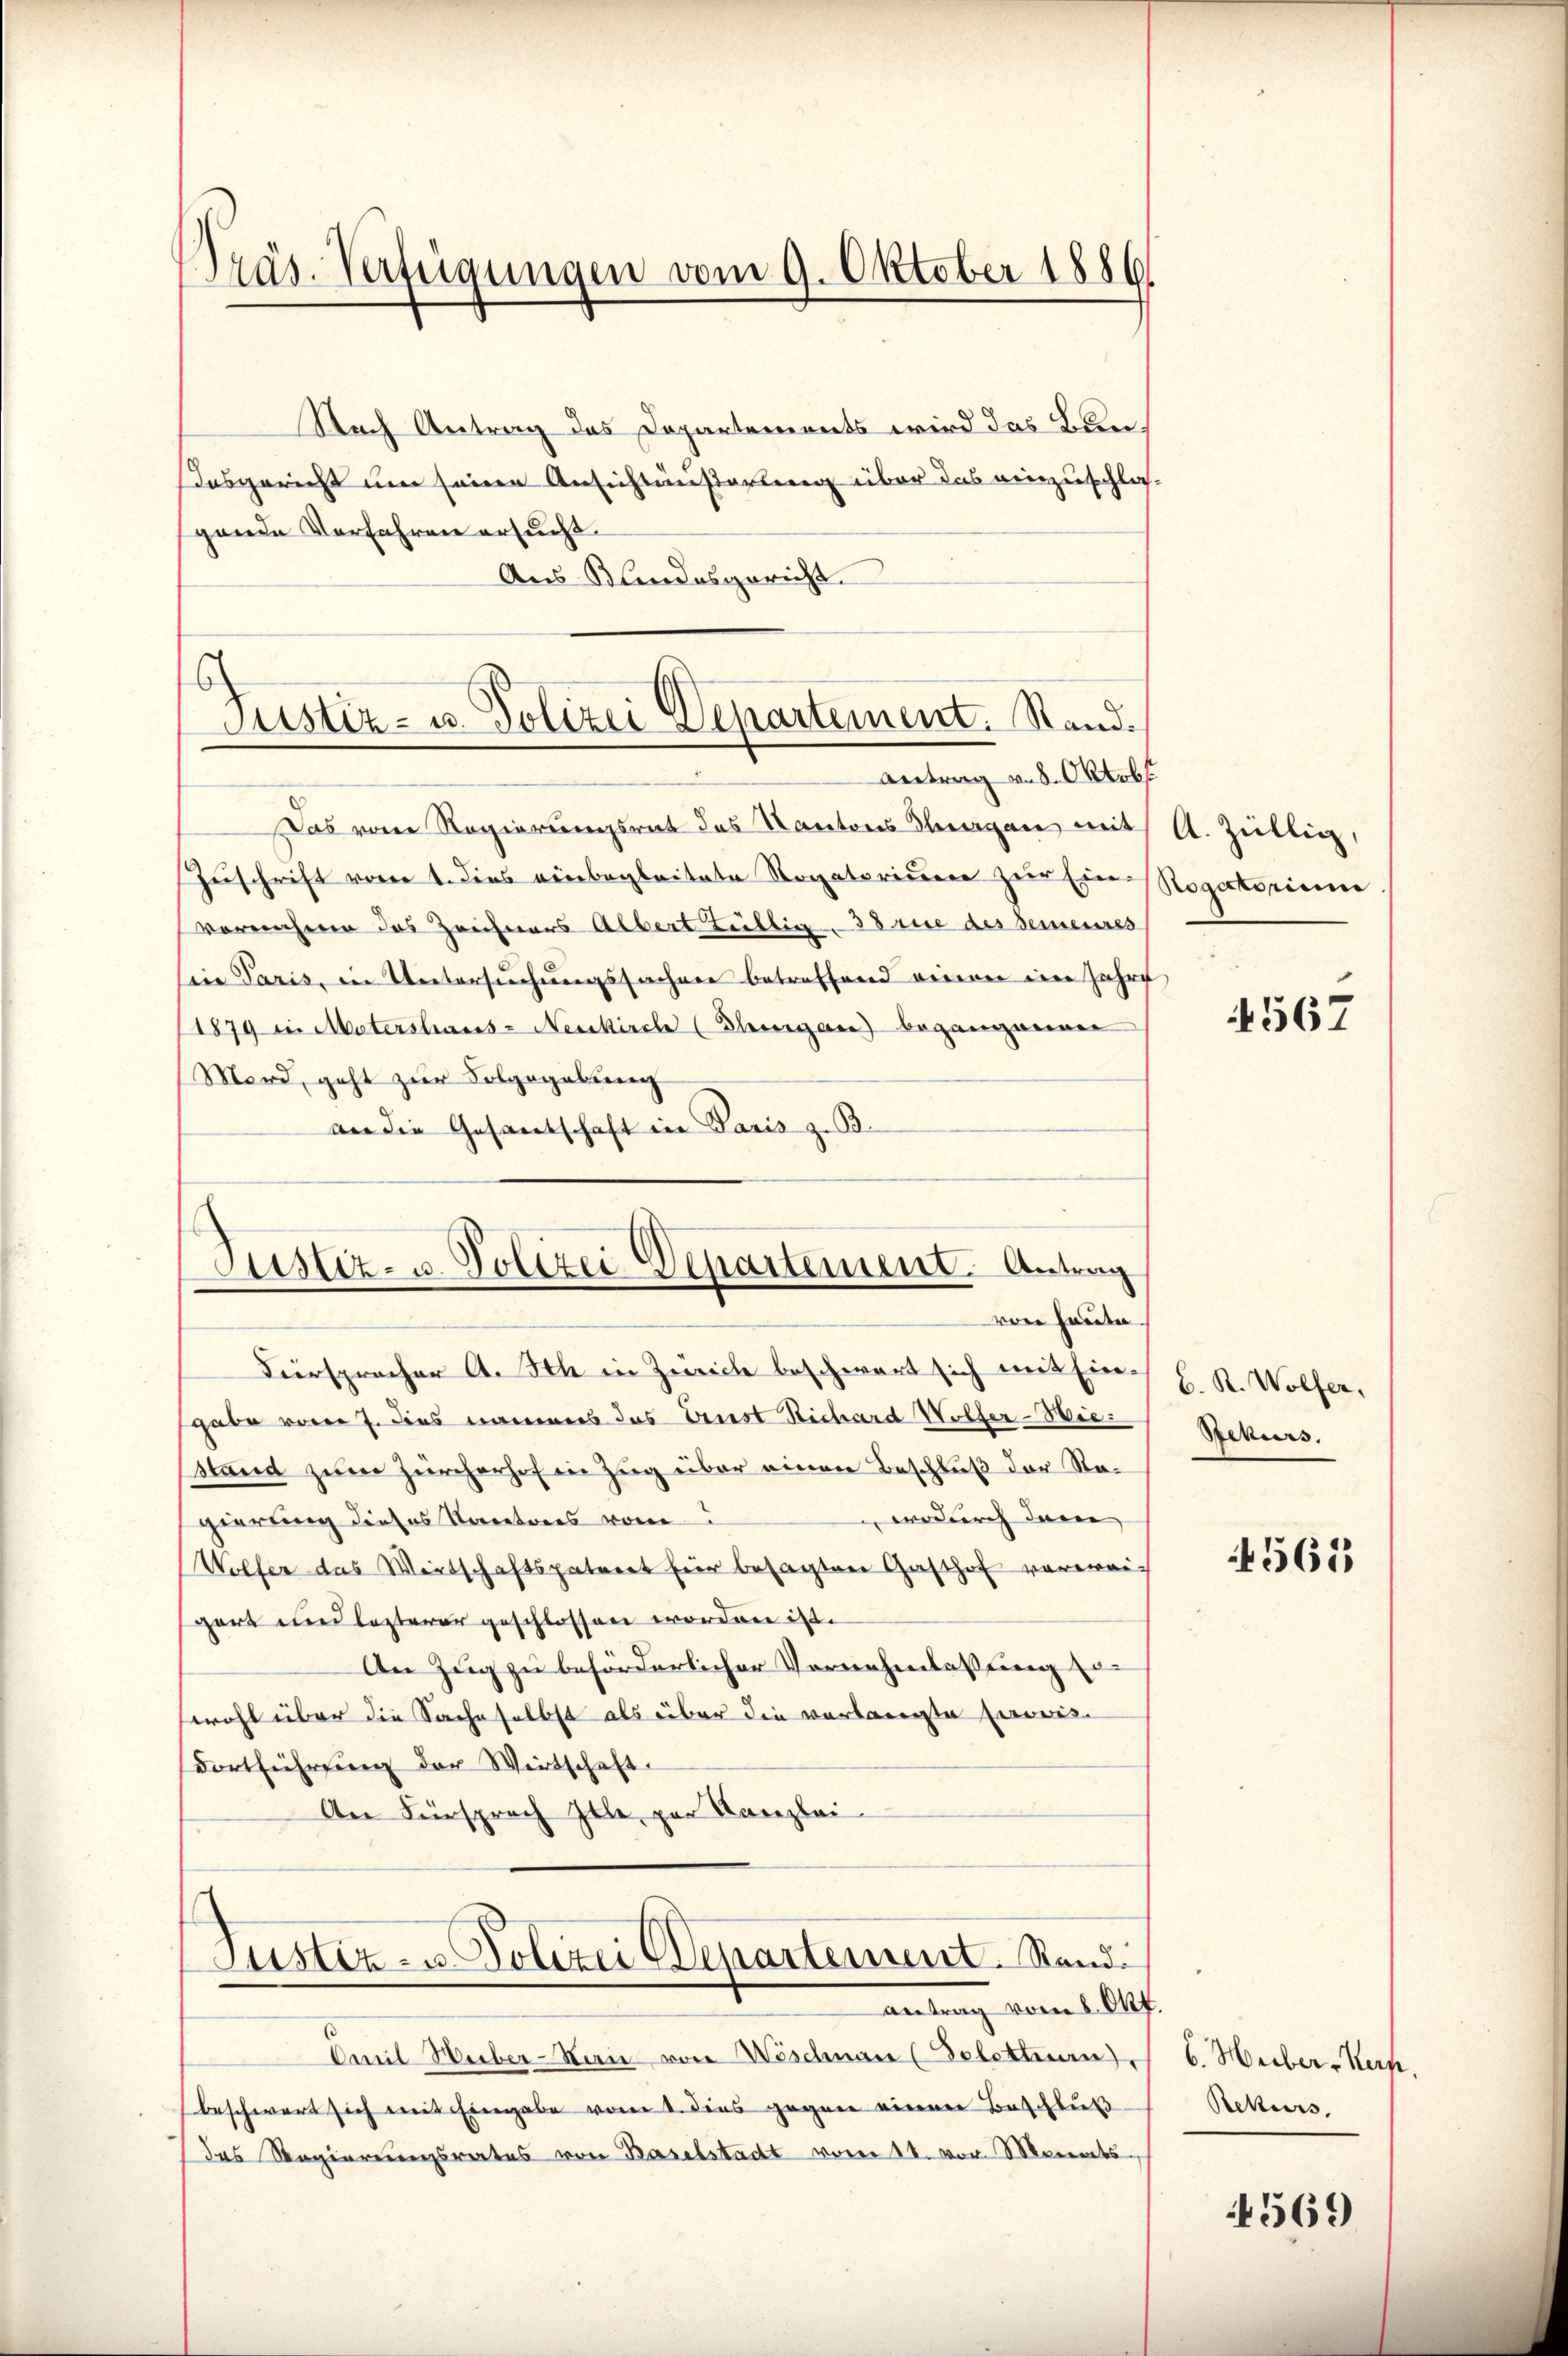
Präs. Verfügungen vom 9. Oktober 1886.

Justiz- u. Polizei Departement. Stand.

Nach Antrag des Departements wird das Bunosgericht um seine Ansichtäußerung über das einzuschla-
gende Verfahren ersucht.
Aus Klindesgericht.
Antrag v. 8. Oktob
Das von Regierungsrat das Kantons Thurgau mit
Zuschrift vom 1. dies einbegleitete Rogatorium zur Ein Rogatorium
vornähme des Zeichners Albert Züllig, 38 rue des demeures
iie Paris, in Untersuchungssachen betreffend einen im Jahre
1879 in Matershaus-Neukirche (Thurgau begangenen
Mord, geht zur Folgegebung
an die Gesandschaft in Paris z. B.
Justiz- u. Polizei Departement. Antrag
von heute
Fürspracher A. Ich in Zürich beschwart sich mit Eingabe vom 7. dies namens das Ernst Richard Wolfer-Wiestand zum Zürcherhof in Zug über einen Beschluß der Re¬
 wodurch dann
gierung dieses Kantores von
Wolfer das Wertschaftspatreet für besagten Gasthof verweigert und lezterer geschlossen worden ist.
An Zug zu beförderlicher Vornehmlassung erwohl über die Sache selbst als über die verlangte Erweis
Fortführŭng der Wirtschaft.
An Fürsprach Ille, par Kanzlei

ustiz- u. Polizei Departement. Rand
antrag vom 2. Ah.

Omil Huber-Stern von Weschnau (Selettman
beschwert sich mit Eingabe vom 1. dies gegen einen Beschluß
das Regierungsrates von Baselstadt vom 11. von Monats

A. Zillig,

4567

C. R. Wolfer,
Rekurs.

4565

6. Heiber-Kern.
Rekurs

4569